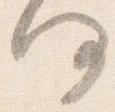
何